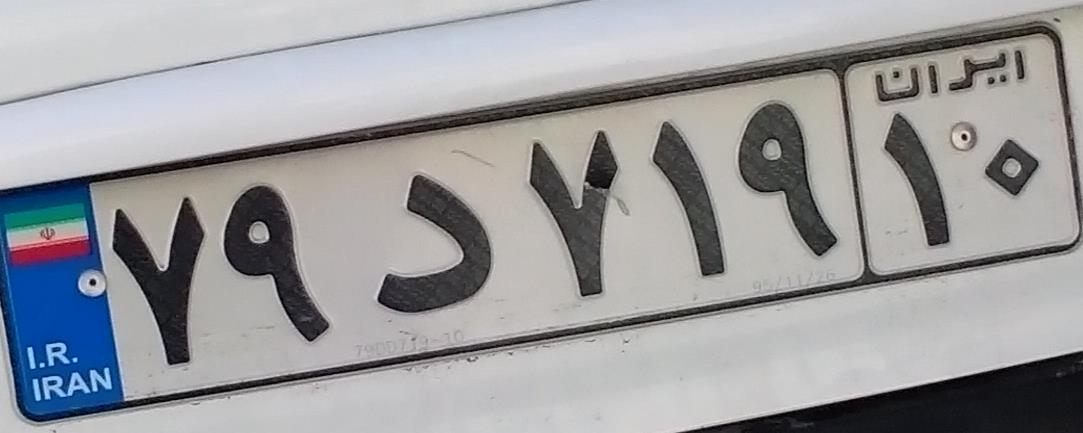
۷۹د۷۱۹۱۰